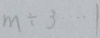
m \div 3 \cdots 1